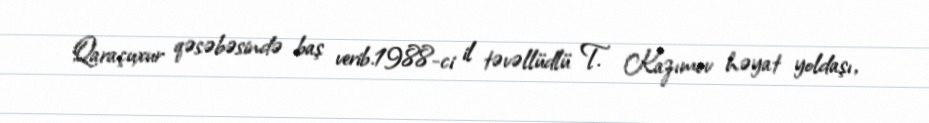
Qaraçuxur qəsəbəsində baş verib.1988-ci il təvəllüdlü T. Kazımov həyat yoldaşı,